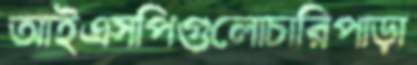
আইএসপিগুলোচারিপাড়া